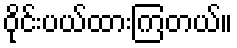
ဝိုင်းပယ်ထားကြတယ်။